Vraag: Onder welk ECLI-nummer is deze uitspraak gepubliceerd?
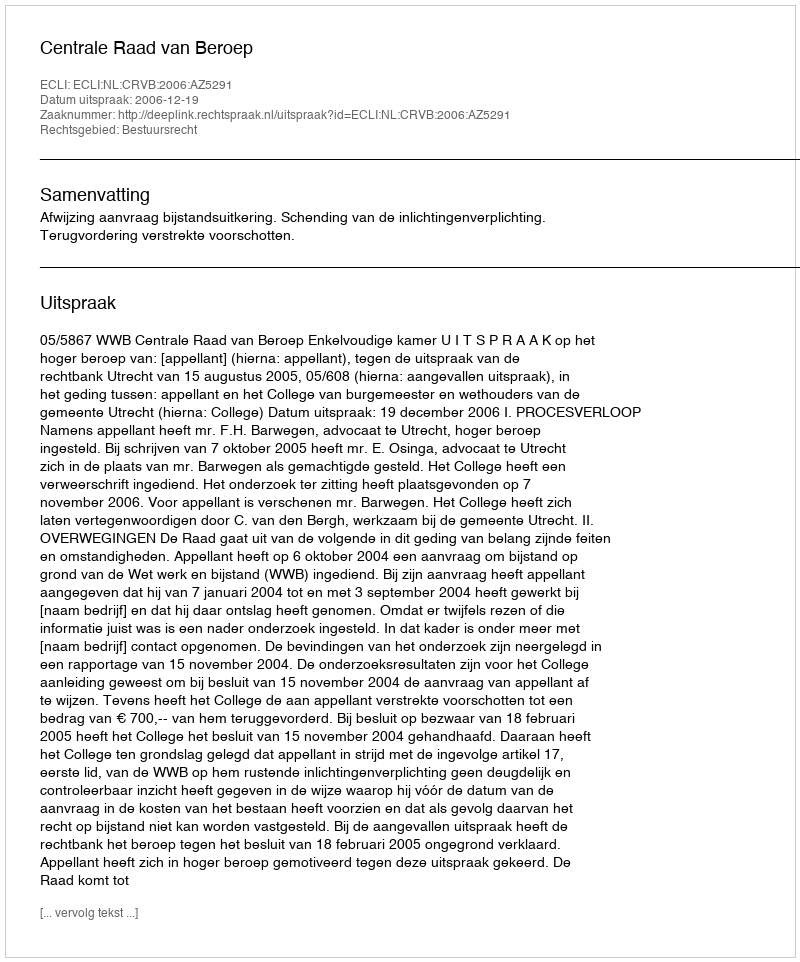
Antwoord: ECLI:NL:CRVB:2006:AZ5291